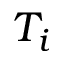
T _ { i }